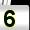
Digit: 5